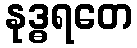
နုဒ္ဓရတေ